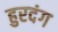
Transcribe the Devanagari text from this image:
हुरदंग